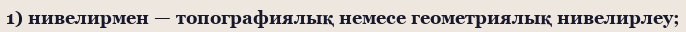
1) нивелирмен — топографиялық немесе геометриялық нивелирлеу;